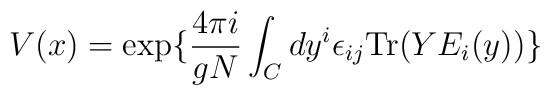
V(x)=\exp\{{ 4\pi i\over gN} \int_C dy^i\epsilon_{ij}{\rm Tr}(YE_i(y))\}